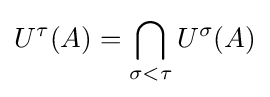
U^{\tau }(A)=\bigcap _{\sigma <\tau }U^{\sigma }(A)